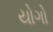
યોગો